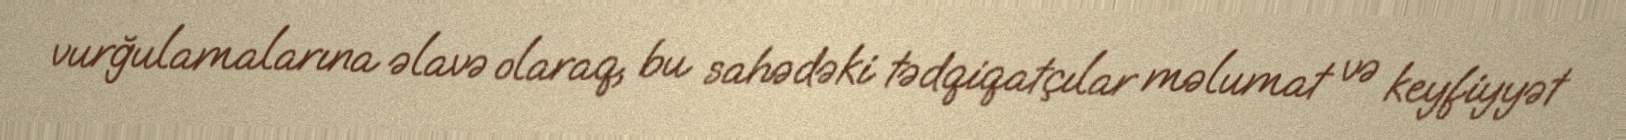
vurğulamalarına əlavə olaraq, bu sahədəki tədqiqatçılar məlumat və keyfiyyət